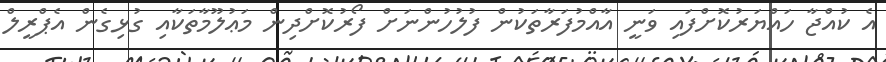
އެ ކުއްޖާ ހައްޔަރުކޮށްފައި ވަނީ އާއްމުފަރާތަކުން ފުލުހުންނަށް ފޯރުކޮށްދިން މަޢުލޫމާތަކާއި ގުޅިގެން އެޕްރީލް